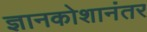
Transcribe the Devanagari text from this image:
ज्ञानकोशानंतर